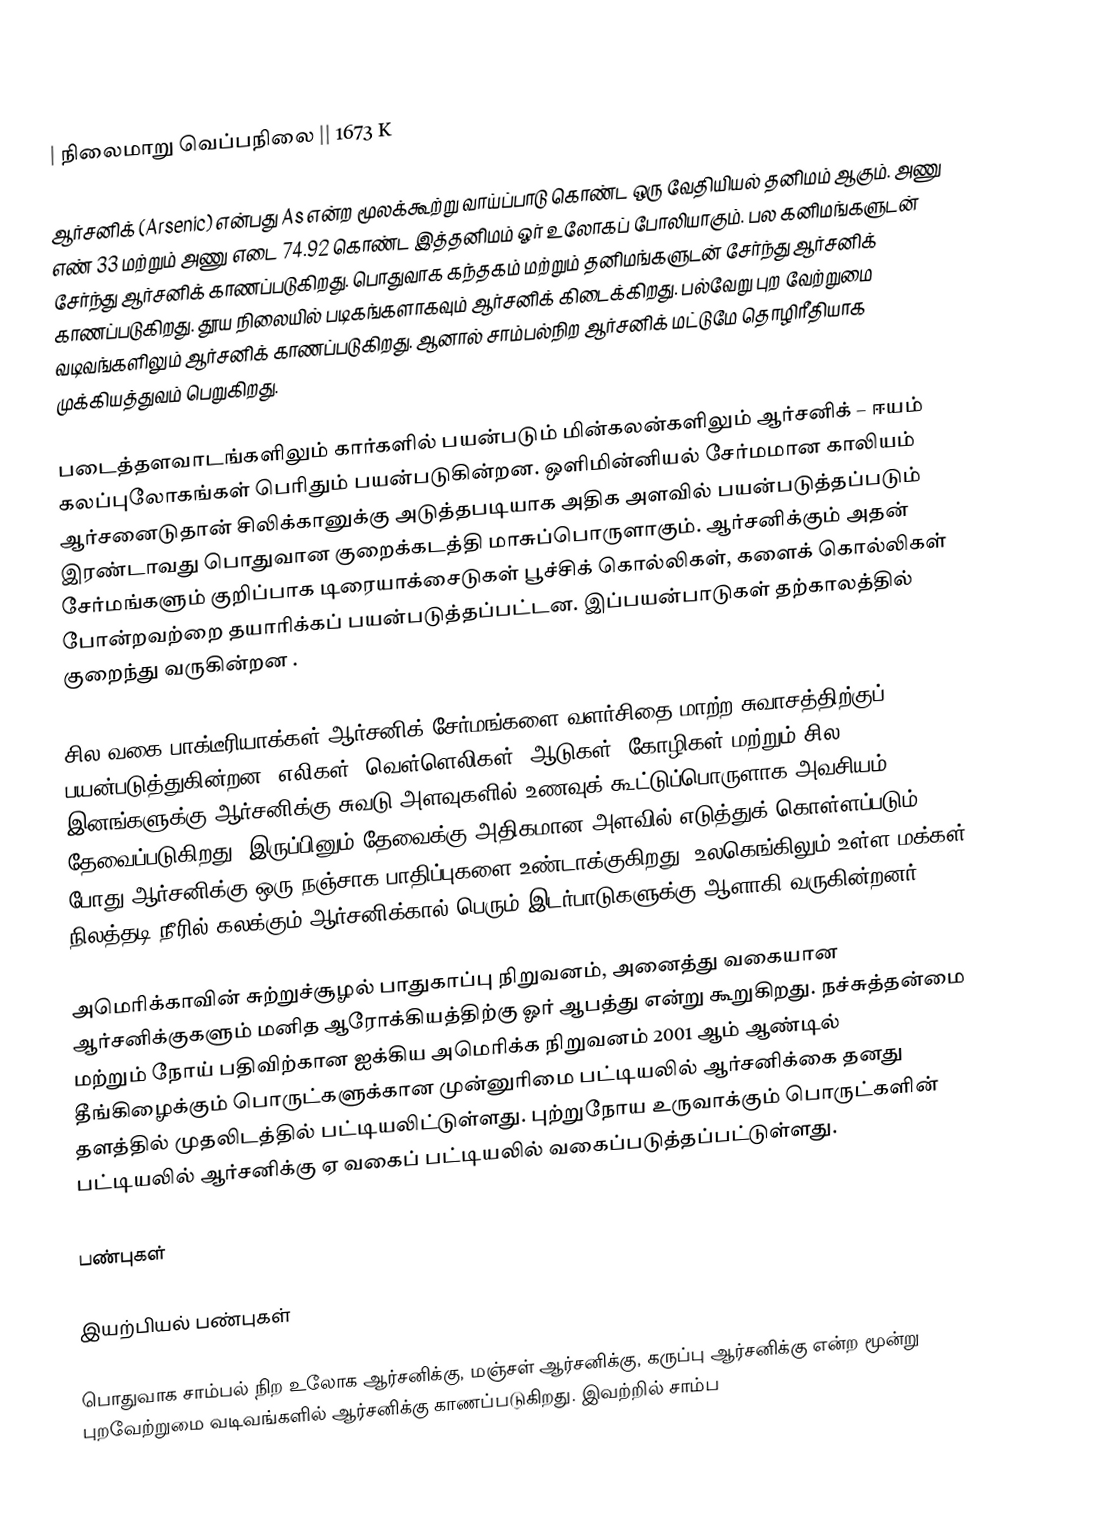
|-
| நிலைமாறு வெப்பநிலை || 1673 K

ஆர்சனிக்  (Arsenic) என்பது As என்ற மூலக்கூற்று வாய்ப்பாடு கொண்ட ஒரு வேதியியல் தனிமம் ஆகும். அணு எண் 33 மற்றும் அணு எடை 74.92 கொண்ட இத்தனிமம் ஓர் உலோகப் போலியாகும். பல கனிமங்களுடன் சேர்ந்து ஆர்சனிக் காணப்படுகிறது. பொதுவாக கந்தகம் மற்றும் தனிமங்களுடன் சேர்ந்து ஆர்சனிக் காணப்படுகிறது. தூய நிலையில் படிகங்களாகவும் ஆர்சனிக் கிடைக்கிறது. பல்வேறு புற வேற்றுமை வடிவங்களிலும் ஆர்சனிக் காணப்படுகிறது. ஆனால் சாம்பல்நிற ஆர்சனிக் மட்டுமே தொழிரீதியாக முக்கியத்துவம் பெறுகிறது.

படைத்தளவாடங்களிலும் கார்களில் பயன்படும் மின்கலன்களிலும் ஆர்சனிக் – ஈயம் கலப்புலோகங்கள் பெரிதும் பயன்படுகின்றன. ஒளிமின்னியல் சேர்மமான காலியம் ஆர்சனைடுதான் சிலிக்கானுக்கு அடுத்தபடியாக அதிக அளவில் பயன்படுத்தப்படும் இரண்டாவது பொதுவான குறைக்கடத்தி மாசுப்பொருளாகும். ஆர்சனிக்கும் அதன் சேர்மங்களும் குறிப்பாக டிரையாக்சைடுகள் பூச்சிக் கொல்லிகள், களைக் கொல்லிகள் போன்றவற்றை தயாரிக்கப் பயன்படுத்தப்பட்டன. இப்பயன்பாடுகள் தற்காலத்தில் குறைந்து வருகின்றன .

சில வகை பாக்டீரியாக்கள் ஆர்சனிக் சேர்மங்களை வளர்சிதை மாற்ற சுவாசத்திற்குப்  பயன்படுத்துகின்றன. எலிகள், வெள்ளெலிகள், ஆடுகள், கோழிகள் மற்றும் சில இனங்களுக்கு ஆர்சனிக்கு சுவடு அளவுகளில் உணவுக் கூட்டுப்பொருளாக அவசியம் தேவைப்படுகிறது. இருப்பினும் தேவைக்கு அதிகமான அளவில் எடுத்துக் கொள்ளப்படும் போது ஆர்சனிக்கு ஒரு நஞ்சாக பாதிப்புகளை உண்டாக்குகிறது. உலகெங்கிலும் உள்ள மக்கள் நிலத்தடி நீரில் கலக்கும் ஆர்சனிக்கால் பெரும் இடர்பாடுகளுக்கு ஆளாகி வருகின்றனர்.

அமெரிக்காவின் சுற்றுச்சூழல் பாதுகாப்பு நிறுவனம், அனைத்து வகையான ஆர்சனிக்குகளும் மனித ஆரோக்கியத்திற்கு ஓர் ஆபத்து என்று கூறுகிறது. நச்சுத்தன்மை மற்றும் நோய் பதிவிற்கான ஐக்கிய அமெரிக்க நிறுவனம் 2001 ஆம் ஆண்டில்  தீங்கிழைக்கும் பொருட்களுக்கான  முன்னுரிமை பட்டியலில் ஆர்சனிக்கை தனது தளத்தில் முதலிடத்தில் பட்டியலிட்டுள்ளது. புற்றுநோய உருவாக்கும் பொருட்களின் பட்டியலில் ஆர்சனிக்கு ஏ வகைப் பட்டியலில் வகைப்படுத்தப்பட்டுள்ளது.

பண்புகள்

இயற்பியல் பண்புகள்

பொதுவாக சாம்பல் நிற உலோக ஆர்சனிக்கு, மஞ்சள் ஆர்சனிக்கு, கருப்பு ஆர்சனிக்கு என்ற மூன்று புறவேற்றுமை வடிவங்களில் ஆர்சனிக்கு காணப்படுகிறது. இவற்றில் சாம்ப